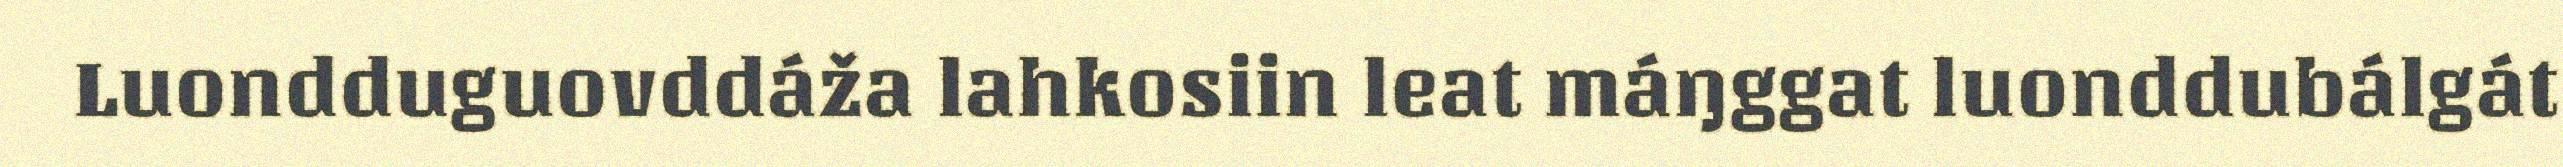
Luondduguovddáža lahkosiin leat máŋggat luonddubálgát